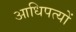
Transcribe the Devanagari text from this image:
आधिपत्यों